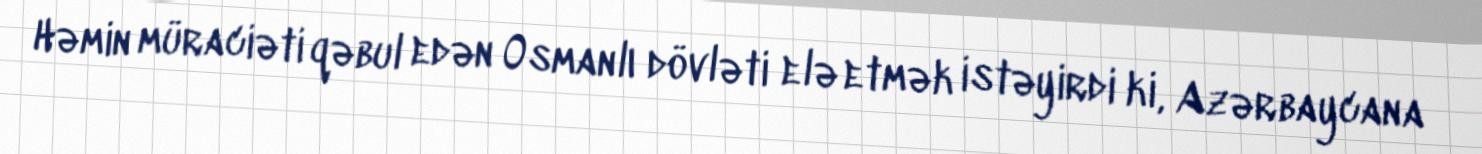
Həmin müraciəti qəbul edən Osmanlı dövləti elə etmək istəyirdi ki, Azərbaycana